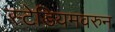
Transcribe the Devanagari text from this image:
स्टेडियमवरुन